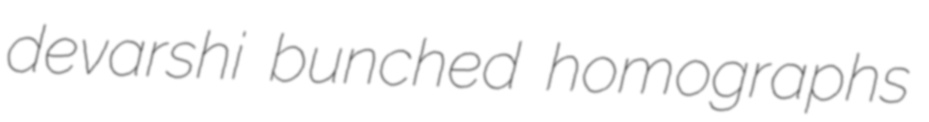
devarshi bunched homographs